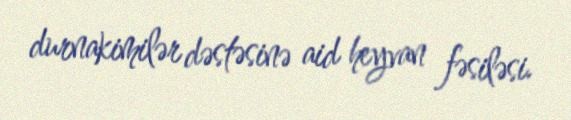
durnakimilər dəstəsinə aid heyvan fəsiləsi.